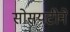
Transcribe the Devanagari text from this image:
सोसयटीने